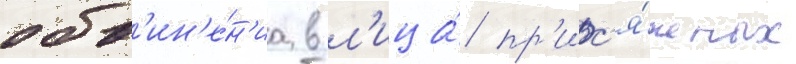
обв'ин'е́н'иа в л'ица́ пр'ис'я́жных